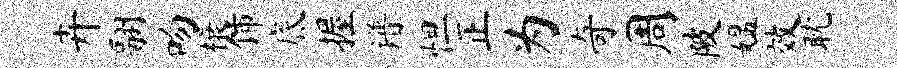
卉翮吻榱饰底握谱怛正为奇周陂媪效耽